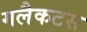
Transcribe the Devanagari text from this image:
गलैकटस